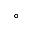
^ \circ